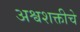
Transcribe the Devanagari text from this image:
अश्वशक्तीचे